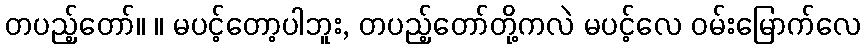
တပည့်တော်။ ။ မပင့်တော့ပါဘူး, တပည့်တော်တို့ကလဲ မပင့်လေ ဝမ်းမြောက်လေ